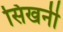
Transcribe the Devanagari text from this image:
सिखनी